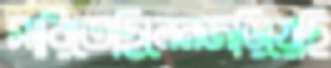
সারিতেছিলেনজড়িয়েছি